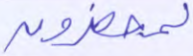
لمحضرون